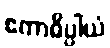
ဧကာဓိပ္ပါယံ